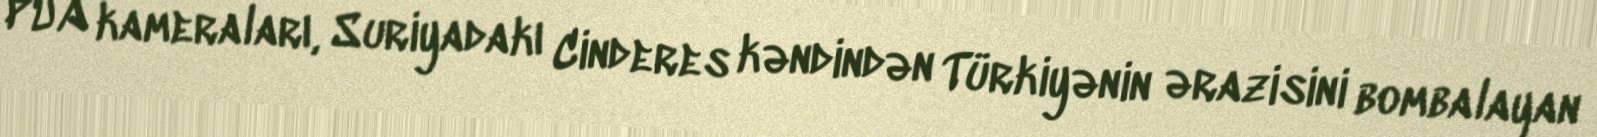
PUA kameraları, Suriyadakı Cinderes kəndindən Türkiyənin ərazisini bombalayan